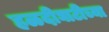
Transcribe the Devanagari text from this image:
हळदीघाटीच्या